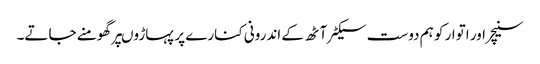
سنیچر اور اتوار کو ہم دوست سیکٹر آٹھ کے اندرونی کنارے پر پہاڑوںپر گھومنے جاتے۔